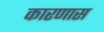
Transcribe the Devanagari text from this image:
कारणास